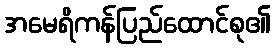
အမေရိကန်ပြည်ထောင်စု၏